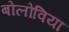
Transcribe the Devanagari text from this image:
बोलोविया